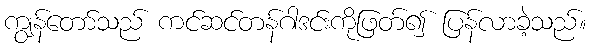
ကျွန်တော်သည် ကင်ဆင်တန်ဂါဒင်းကိုဖြတ်၍ ပြန်လာခဲ့သည်။